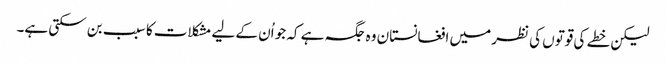
لیکن خطے کی قوتوں کی نظر میں افغانستان وہ جگہ ہے کہ جو اُن کے لیے مشکلات کا سبب بن سکتی ہے۔